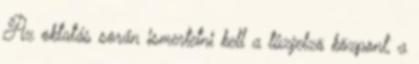
Az oktatás során ismertetni kell a tûzjelzõ központ, a